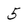
Character: 5